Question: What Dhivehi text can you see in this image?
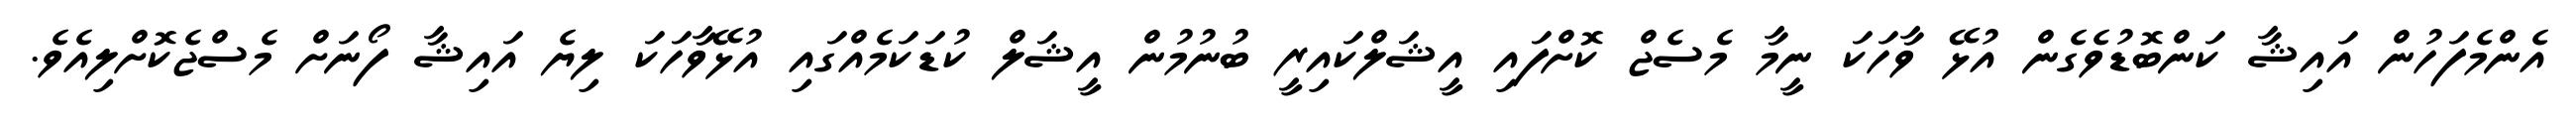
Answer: އެންމެފަހުން އައިޝާ ކަންބޮޑުވެގެން އުޅޭ ވާހަކަ ނީމާ މެސެޖް ކޮށްފައި އީޝަލްކައިރީ ބުނުމުން އީޝަލް ކުޑަކަމެއްގައި އުޅޭވާހަކަ ލިޔެ އައިޝާ ފޯނަށް މެސްޖެކޮށްލިއެވެ.